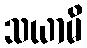
သယာမိ